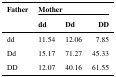
<table><thead><tr><td><b>Father</b></td><td colspan="3"><b>Mother</b></td></tr><tr><td></td><td><b>dd</b></td><td><b>Dd</b></td><td><b>DD</b></td></tr></thead><tbody><tr><td>dd</td><td>11.54</td><td>12.06</td><td>7.85</td></tr><tr><td>Dd</td><td>15.17</td><td>71.27</td><td>45.33</td></tr><tr><td>DD</td><td>12.07</td><td>40.16</td><td>61.55</td></tr></tbody></table>